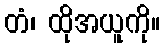
တံ၊ ထိုအယူကို။